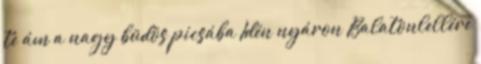
te ám a nagy büdös picsába Idén nyáron Balatonlellére